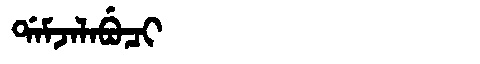
Manchu: ᡩᠠᠮᠵᠠᠯᠠᠪᡠᠴᡳ
Romanization: DAMJALABUCI